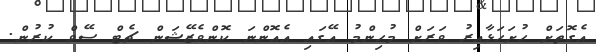
އެގޮތަށް ހުށަހަޅާއިރު ވަރަށް މުހިންމު އޭގައި އެއޮންނަ ކޮންވެޒޭޝަން ޗެޓް ސޭވް ކުރުން.